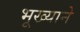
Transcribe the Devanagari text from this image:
भूख्याने